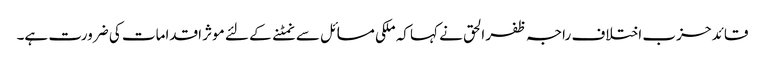
قائد حزب اختلاف راجہ ظفر الحق نے کہا کہ ملکی مسائل سے نمٹنے کے لئے موثر اقدامات کی ضرورت ہے۔